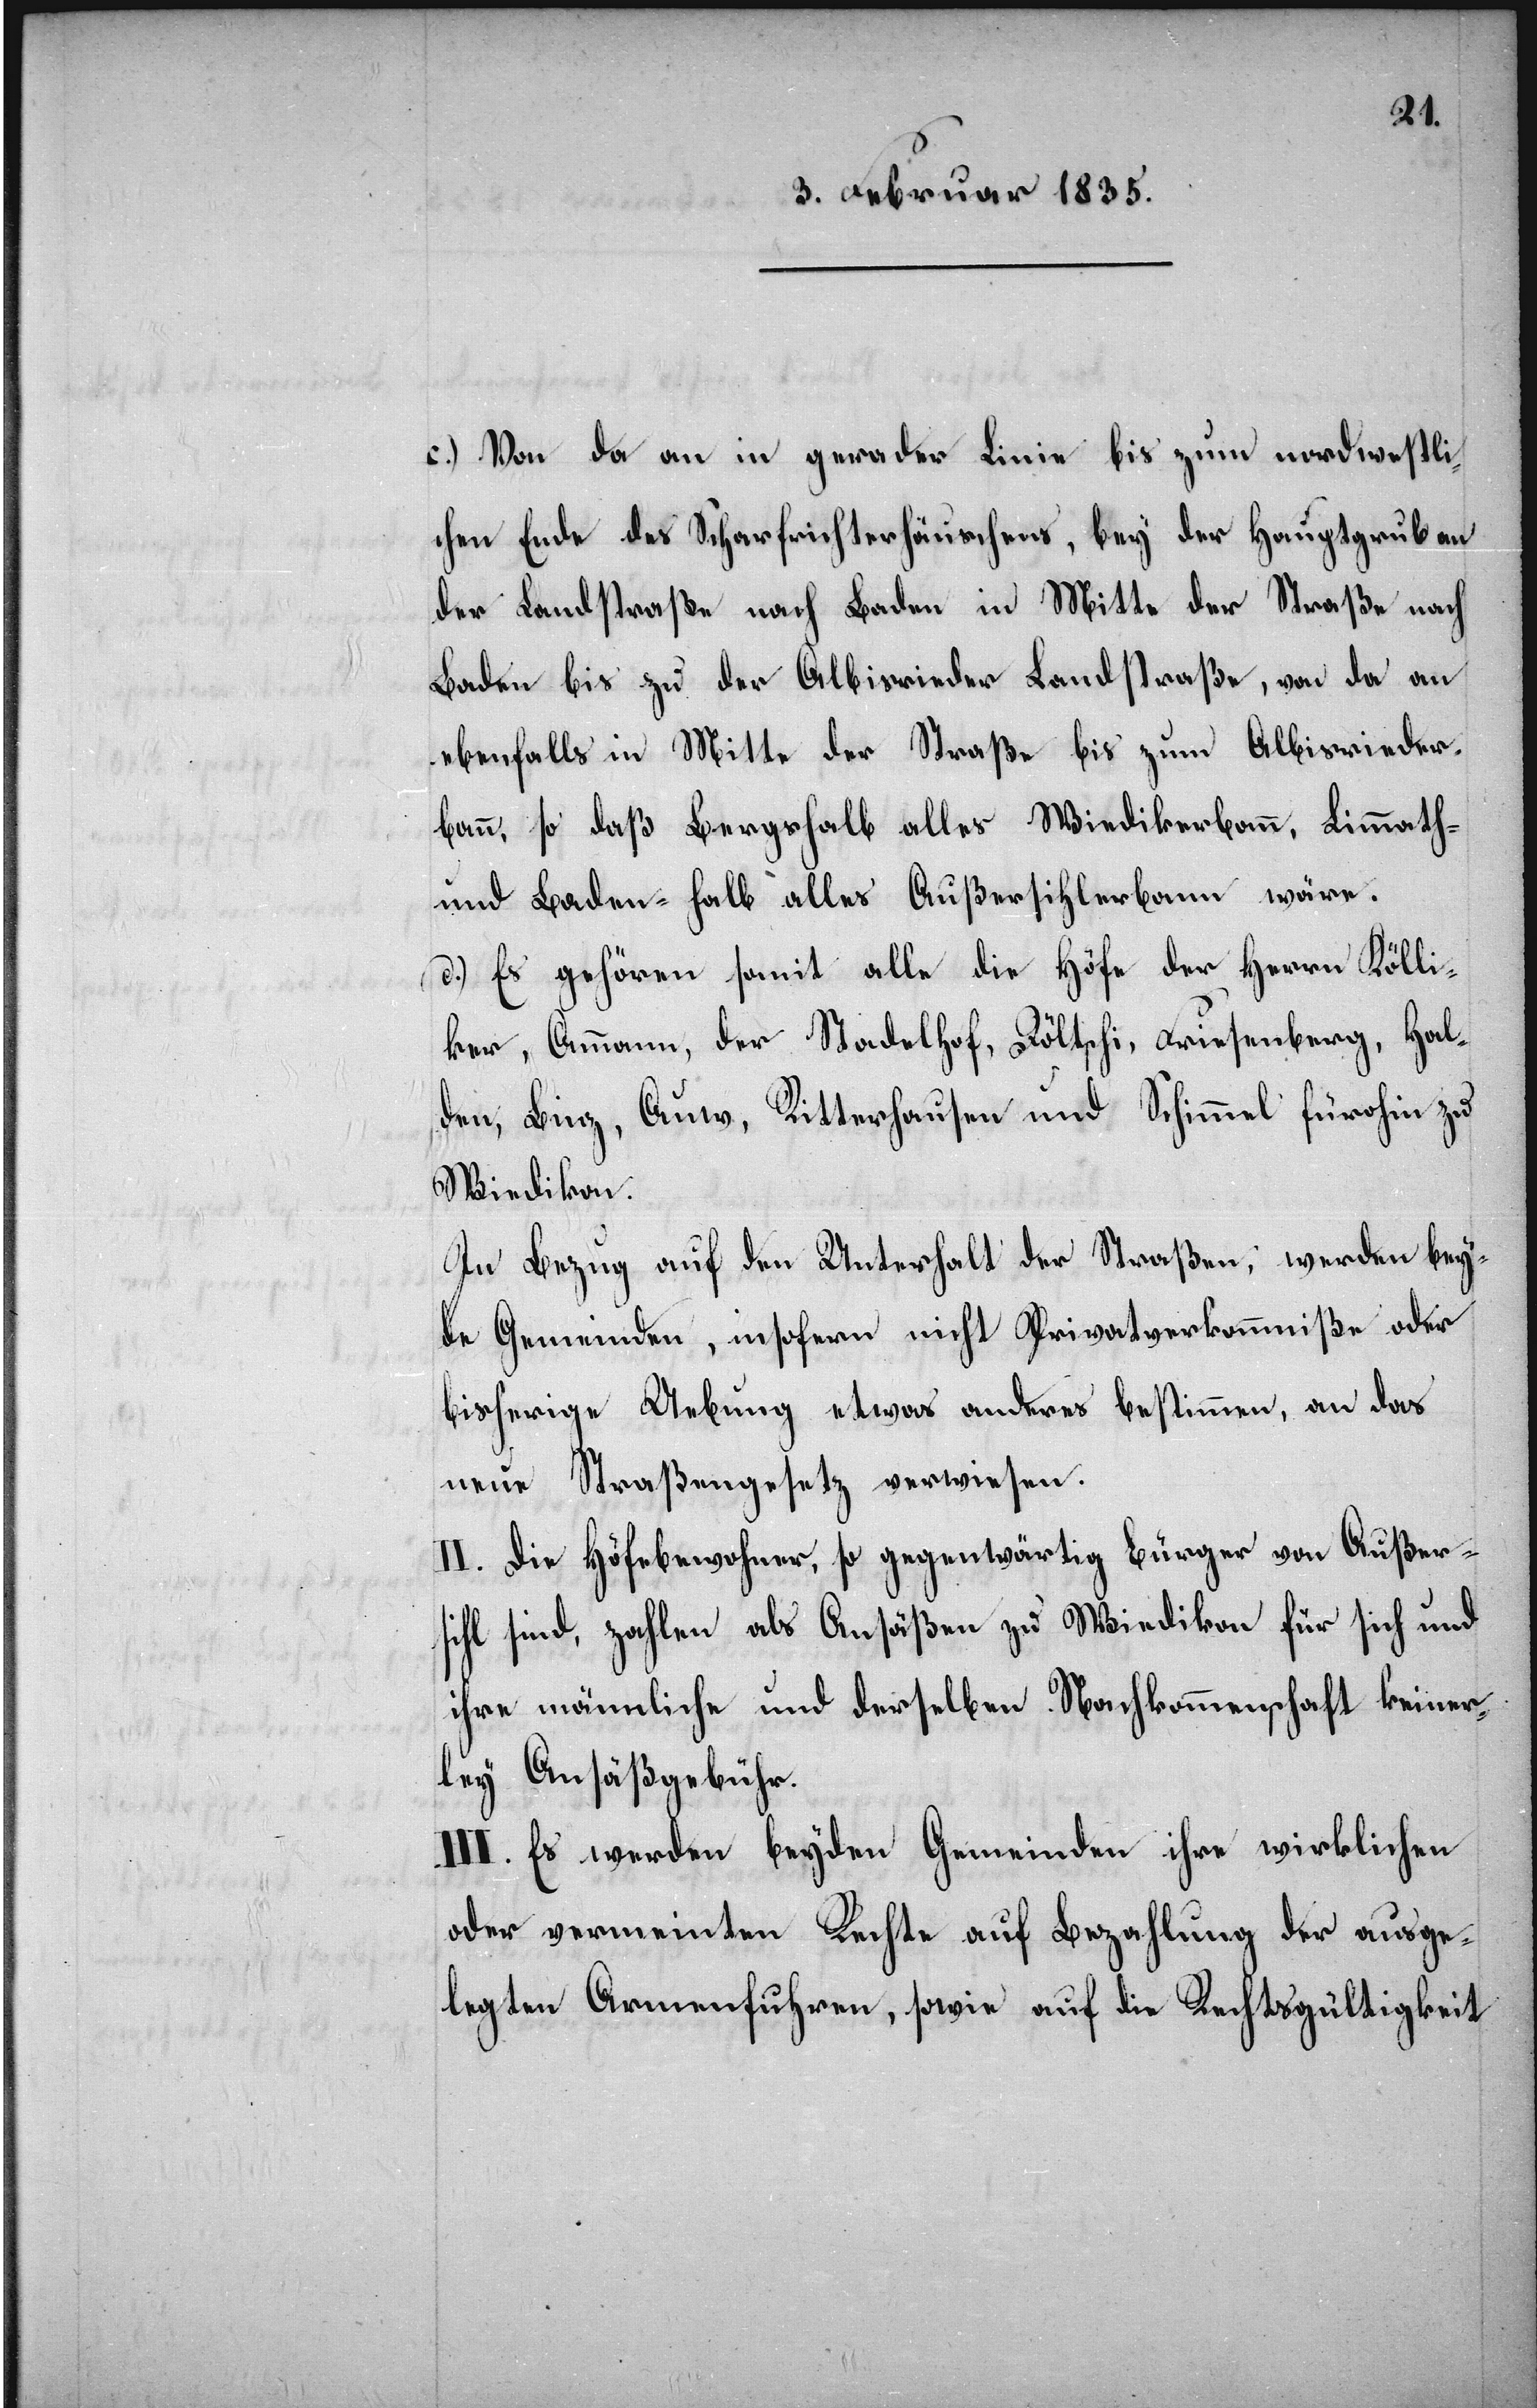
c.) Von da an in gerader Linie bis zum nordwestli¬
chen Ende des Scharfrichterhäuschens, bey der Hauptgrub an
der Landstraße nach Baden in Mitte der Straße nach
Baden bis zu der Albisrieder Landstraße, von da an
ebenfalls in Mitte der Straße bis zum Albisrieder¬
bann, so daß Bergshalb alles Wiedikerbann, Limmath-
und Baden-halb alles Außersihlerbann wäre.
d.) Es gehören somit alle die Höfe der Herrn Kölli¬
ker, Ammann, der Nadelhof, Döltschi, Friesenberg, Hal¬
den, Binz, Auw, Ritterhausen und Schimmel fürohin zu
Wiedikon.
In Bezug auf den Unterhalt der Straßen, werden bey¬
de Gemeinden, insofern nicht Privatverkommniße oder
bisherige Uebung etwas anderes bestimmen, an das
neue Straßengesetz verwiesen.
II. Die Höfebewohner, so gegenwärtig Bürger von Außer¬
sihl sind, zahlen als Ansäßen zu Wiedikon für sich und
ihre männliche und derselben Nachkommenschaft keiner¬
ley Ansäßgebühr.
III. Es werden beyden Gemeinden ihre wirklichen
oder vermeinten Rechte auf Bezahlung der ausge¬
legten Armenfuhren, sowie auf die Rechtsgültigkeit